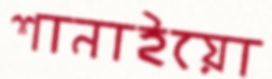
শানাইয়ো